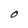
Character: O